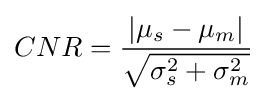
CNR={\left\vert \mu _{s}-\mu _{m}\right\vert  \over {\sqrt {\sigma _{s}^{2}+\sigma _{m}^{2}}}}